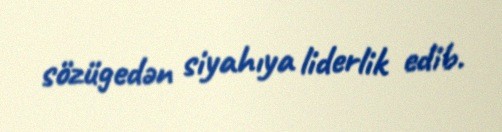
sözügedən siyahıya liderlik edib.